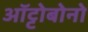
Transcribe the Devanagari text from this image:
ऑट्टोबोनो